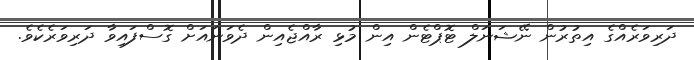
ދަރިވަރެއްގެ އިތުރުން ނޭޝަނަލް ޓޮޕްޓެން އިން މުޅި ރާއްޖެއިން ދެވަނައަށް ގޮސްފައިވާ ދަރިވަރެކެވެ.